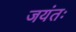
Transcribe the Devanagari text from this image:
जयंतः